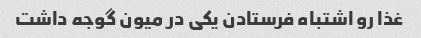
غذا رو اشتباه فرستادن یکی در میون گوجه داشت